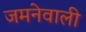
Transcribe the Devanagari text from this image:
जमनेवाली